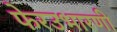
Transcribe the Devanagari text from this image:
फेरउभारणी